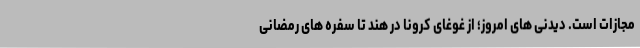
مجازات است. دیدنی های امروز؛ از غوغای کرونا در هند تا سفره های رمضانی